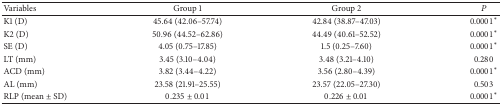
<table><thead><tr><td><b>Variables</b></td><td><b>Group 1</b></td><td><b>Group 2</b></td><td><b><i>P</i></b></td></tr></thead><tbody><tr><td>K1 (D)</td><td>45.64 (42.06–57.74)</td><td>42.84 (38.87–47.03)</td><td>0.0001<sup><i>∗</i></sup></td></tr><tr><td>K2 (D)</td><td>50.96 (44.52–62.86)</td><td>44.49 (40.61–52.52)</td><td>0.0001<sup><i>∗</i></sup></td></tr><tr><td>SE (D)</td><td>4.05 (0.75–17.85)</td><td>1.5 (0.25–7.60)</td><td>0.0001<sup><i>∗</i></sup></td></tr><tr><td>LT (mm)</td><td>3.45 (3.10–4.04)</td><td>3.48 (3.21–4.10)</td><td>0.280</td></tr><tr><td>ACD (mm)</td><td>3.82 (3.44–4.22)</td><td>3.56 (2.80–4.39)</td><td>0.0001<sup><i>∗</i></sup></td></tr><tr><td>AL (mm)</td><td>23.58 (21.91–25.55)</td><td>23.57 (22.05–27.30)</td><td>0.503</td></tr><tr><td>RLP (mean ± SD)</td><td>0.235 ± 0.01</td><td>0.226 ± 0.01</td><td>0.0001<sup><i>∗</i></sup></td></tr></tbody></table>